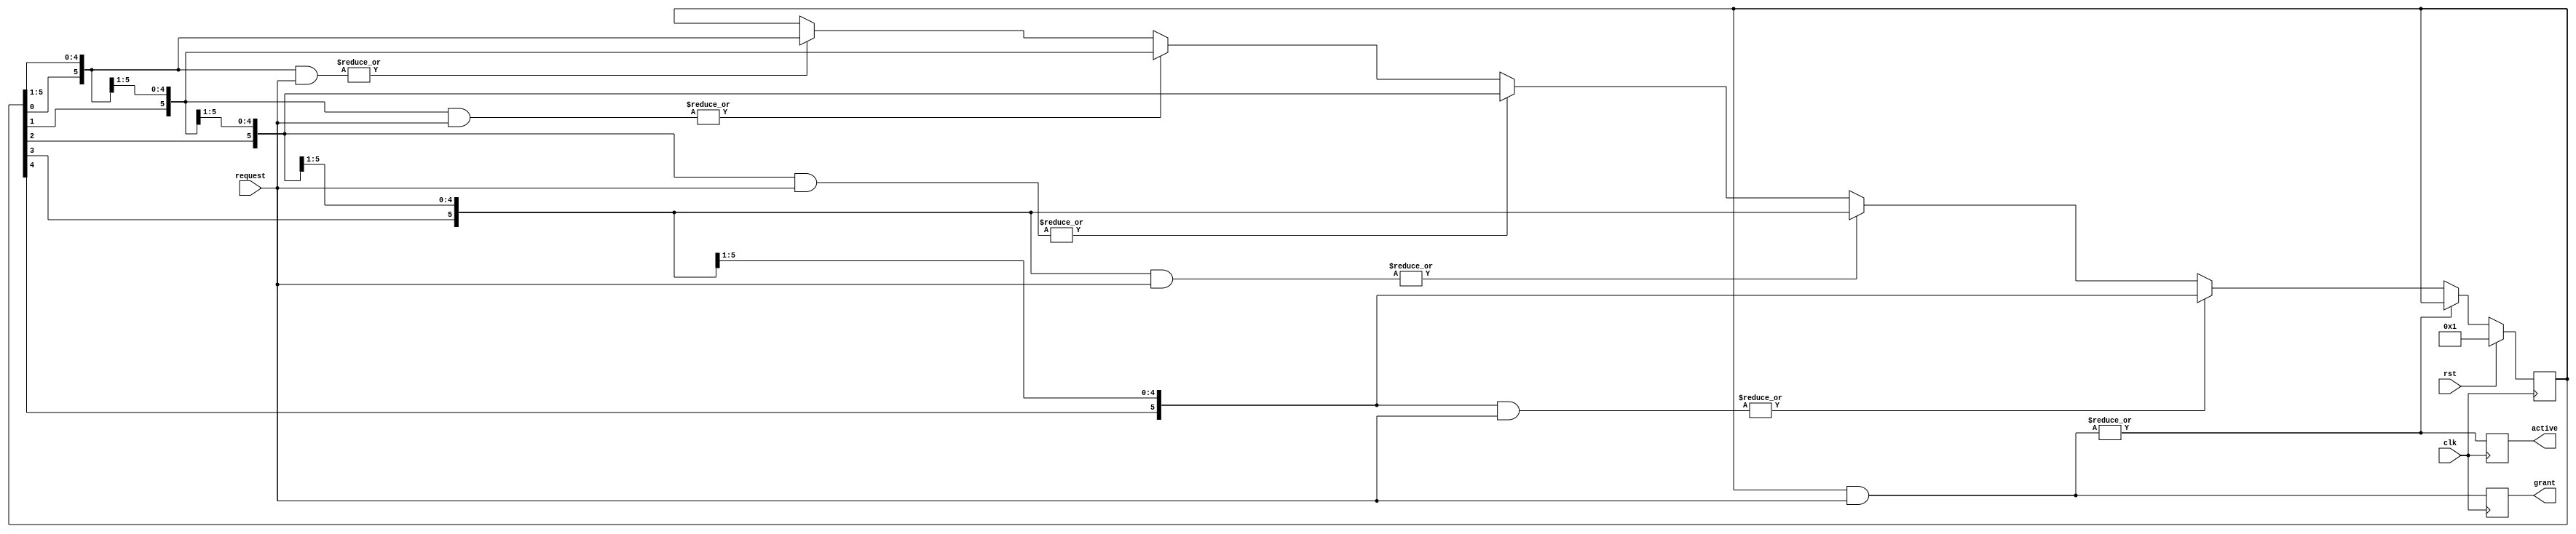
/**
 * Module: arbiter
 *
 * Description:
 *  A look ahead, round-robing parametrized arbiter.
 *
 * <> request
 *  each bit is controlled by an actor and each actor can 'request' ownership
 *  of the shared resource by bring high its request bit.
 *
 * <> grant
 *  when an actor has been given ownership of shared resource its 'grant' bit
 *  is driven high
 *
 * <> active
 *  is brought high by the arbiter when (any) actor has been given ownership
 *  of shared resource.
 *
 *
 *
 */
`ifndef _arbiter_ `define _arbiter_


module arbiter
  #(parameter
    NUM_PORTS = 6)
   (input                       clk,
    input                       rst,
    input      [0:NUM_PORTS-1]  request,
    output reg [0:NUM_PORTS-1]  grant,
    output reg                  active
);


    /**
     * Local parameters
     */

`ifdef VERBOSE
    initial $display("Bus arbiter with %d units", NUM_PORTS);
`endif


    /**
     * Internal signals
     */

    integer                 yy;

    wire                    next;
    wire [NUM_PORTS-1:0]    order;

    reg  [NUM_PORTS-1:0]    token;
    wire [NUM_PORTS-1:0]    token_lookahead [NUM_PORTS-1:0];


    /**
     * Implementation
     */

    assign next = ~|(token & request);


    always @(posedge clk)
        grant <= token & request;


    always @(posedge clk)
        active <= |(token & request);


    always @(posedge clk)
        if (rst) token <= 'b1;
        else if (next) begin

            for (yy = 0; yy < NUM_PORTS; yy = yy + 1) begin : TOKEN_

                if (order[yy]) begin
                    token <= token_lookahead[yy];
                end
            end
        end


    genvar xx;
    generate
        for (xx = 0; xx < NUM_PORTS; xx = xx + 1) begin : ORDER_

            assign token_lookahead[xx]  = {token, token[NUM_PORTS-1:xx]};

            assign order[xx]            = |(token_lookahead[xx] & request);

        end
    endgenerate


endmodule

`endif //  `ifndef _arbiter_